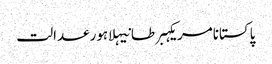
پاکستانامریکہبرطانیہلاہورعدالت